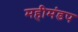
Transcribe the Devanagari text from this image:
महीमंडप